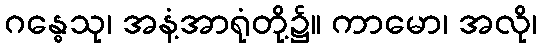
ဂန္ဓေသု၊ အနံ့အာရုံတို့၌။ ကာမော၊ အလို၊